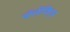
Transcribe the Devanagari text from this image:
पॉलीक्ट्सि